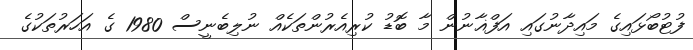
ފުޓުބޯޅައިގެ މައިދާނުގައި އަފްޣާނުން މާ ބޮޑު ކުރިއެރުންތަކެއް ނުލިބެނީސް 1980 ގެ އަހަރުތަކުގެ